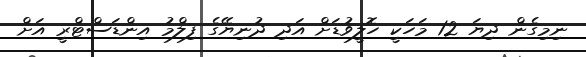
ނިމިގެން ދިޔަ 12 މަހަކީ ހޮލީވުޑަށް އަދި ދުނިޔޭގެ ފިލްމު އިންޑަސްޓްރީ އަށް